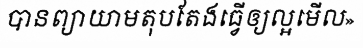
បានព្យាយាមតុបតែងធ្វើឲ្យល្អមើល»